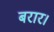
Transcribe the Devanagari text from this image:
बरार।